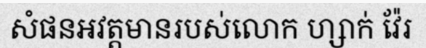
សំផនអវត្តមានរបស់លោក ហ្សាក់ វ៉ែរ